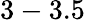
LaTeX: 3-3.5